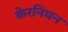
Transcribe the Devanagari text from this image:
केरनिघन